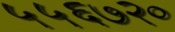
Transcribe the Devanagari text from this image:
५५६७२०